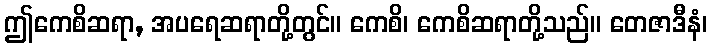
ဤကေစိဆရာ, အပရေဆရာတို့တွင်။ ကေစိ၊ ကေစိဆရာတို့သည်။ တေဇာဒီနံ၊